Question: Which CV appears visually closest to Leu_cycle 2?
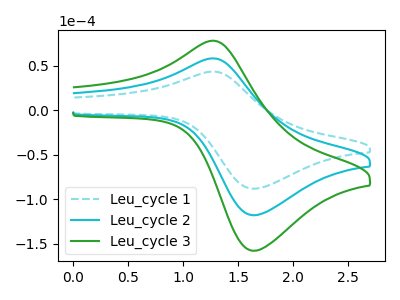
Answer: <think>The cyan dashed curve "Leu_cycle 1" has an anodic peak at (1.25V, 43.70uA) and a cathodic peak at (1.65V, -88.10uA). The cyan curve "Leu_cycle 2" has an anodic peak at (1.25V, 58.50uA) and a cathodic peak at (1.65V, -117.95uA). The green curve "Leu_cycle 3" has an anodic peak at (1.25V, 117.00uA) and a cathodic peak at (1.65V, -235.95uA).
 All the peaks in "Leu_cycle 1" have a peak in "Leu_cycle 2" at the same potential. Every peak in "Leu_cycle 1" is lower than every peak in "Leu_cycle 2". All the peaks in "Leu_cycle 1" have a peak in "Leu_cycle 3" at the same potential. Every peak in "Leu_cycle 1" is lower than every peak in "Leu_cycle 3". All the peaks in "Leu_cycle 2" have a peak in "Leu_cycle 3" at the same potential. Every peak in "Leu_cycle 2" is lower than every peak in "Leu_cycle 3".</think>
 <answer>"Leu_cycle 2" and "Leu_cycle 3" have a similar shape to "Leu_cycle 1".</answer>
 <eval>"Leu_cycle 2" "Leu_cycle 3"</eval>